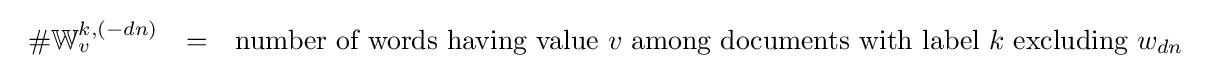
{\begin{array}{lcl}\#\mathbb {W} _{v}^{k,(-dn)}&=&{\text{number of words having value }}v{\text{ among documents with label }}k{\text{ excluding }}w_{dn}\\\end{array}}